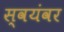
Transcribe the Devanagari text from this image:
स्‍वयंवर